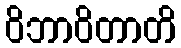
ဝိဘာဝိတာတိ